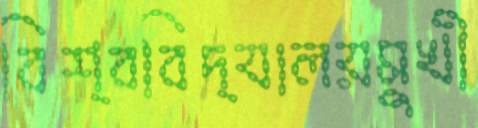
বিশ্ববিদ্যালয়মুখী